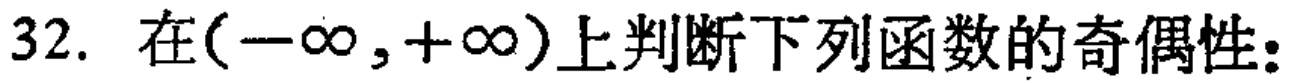
32. 在\((-\infty,+\infty)\)上判断下列函数的奇偶性：